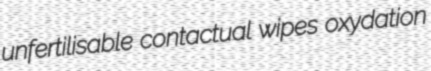
unfertilisable contactual wipes oxydation